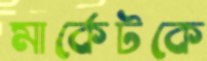
মার্কেটকে